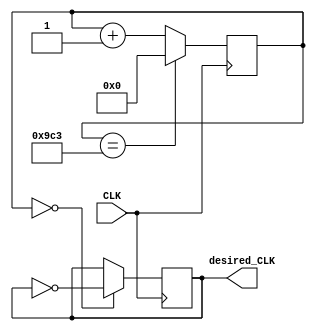
`timescale 1ns / 1ps
//////////////////////////////////////////////////////////////////////////////////
// Company: 
// Engineer: 
// 
// Design Name: 
// Module Name: sample_clock_divider
// Project Name: 
// Target Devices: 
// Tool Versions: 
// Description: 
// 
// Dependencies: 
// 
// Revision:
// Revision 0.01 - File Created
// Additional Comments:
// 
//////////////////////////////////////////////////////////////////////////////////


module sample_clock_divider(
    input CLK,
    output reg desired_CLK = 0
    );
    
    reg [11:0] counter = 0;
    
    always @ (posedge CLK) begin
        counter <= (counter == 2499) ? 0 : counter + 1;
        desired_CLK <= (counter == 0) ? ~desired_CLK : desired_CLK;
    end
    
endmodule